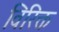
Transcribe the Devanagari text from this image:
विरिक्त